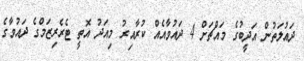
ދައުލަތުން އަދީބުގެ މައްޗަށް 4 ދައުވާއެއް ކުރާއިރު މިއަދު އޮތީ ޓެރެރިޒަމްގެ ދައުވާގެ